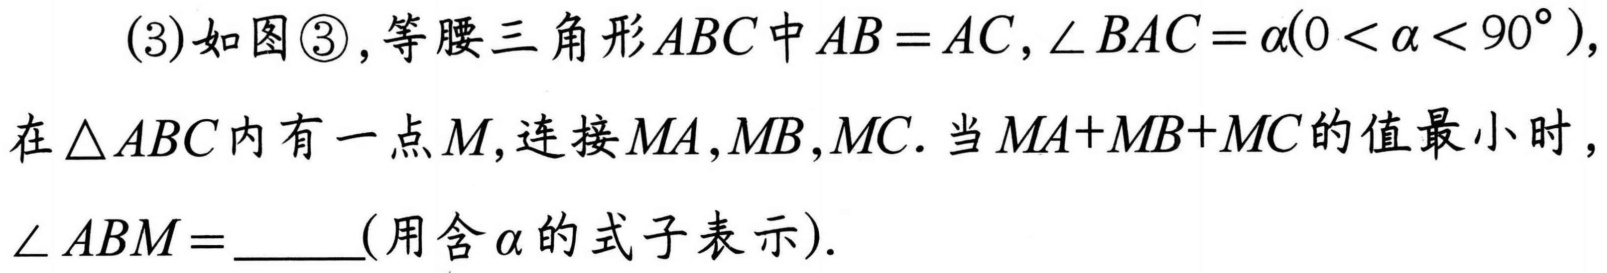
(3)如图\textcircled{3},等腰三角形$ABC$中$AB = AC,\angle BAC=\alpha(0<\alpha<90^{\circ})$,在$\triangle ABC$内有一点$M$,连接$MA,MB,MC$. 当$MA + MB+MC$的值最小时，$\angle ABM=$ (用含$\alpha$的式子表示).